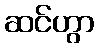
ဆင်ဟွာ